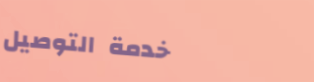
خدمة التوصيل